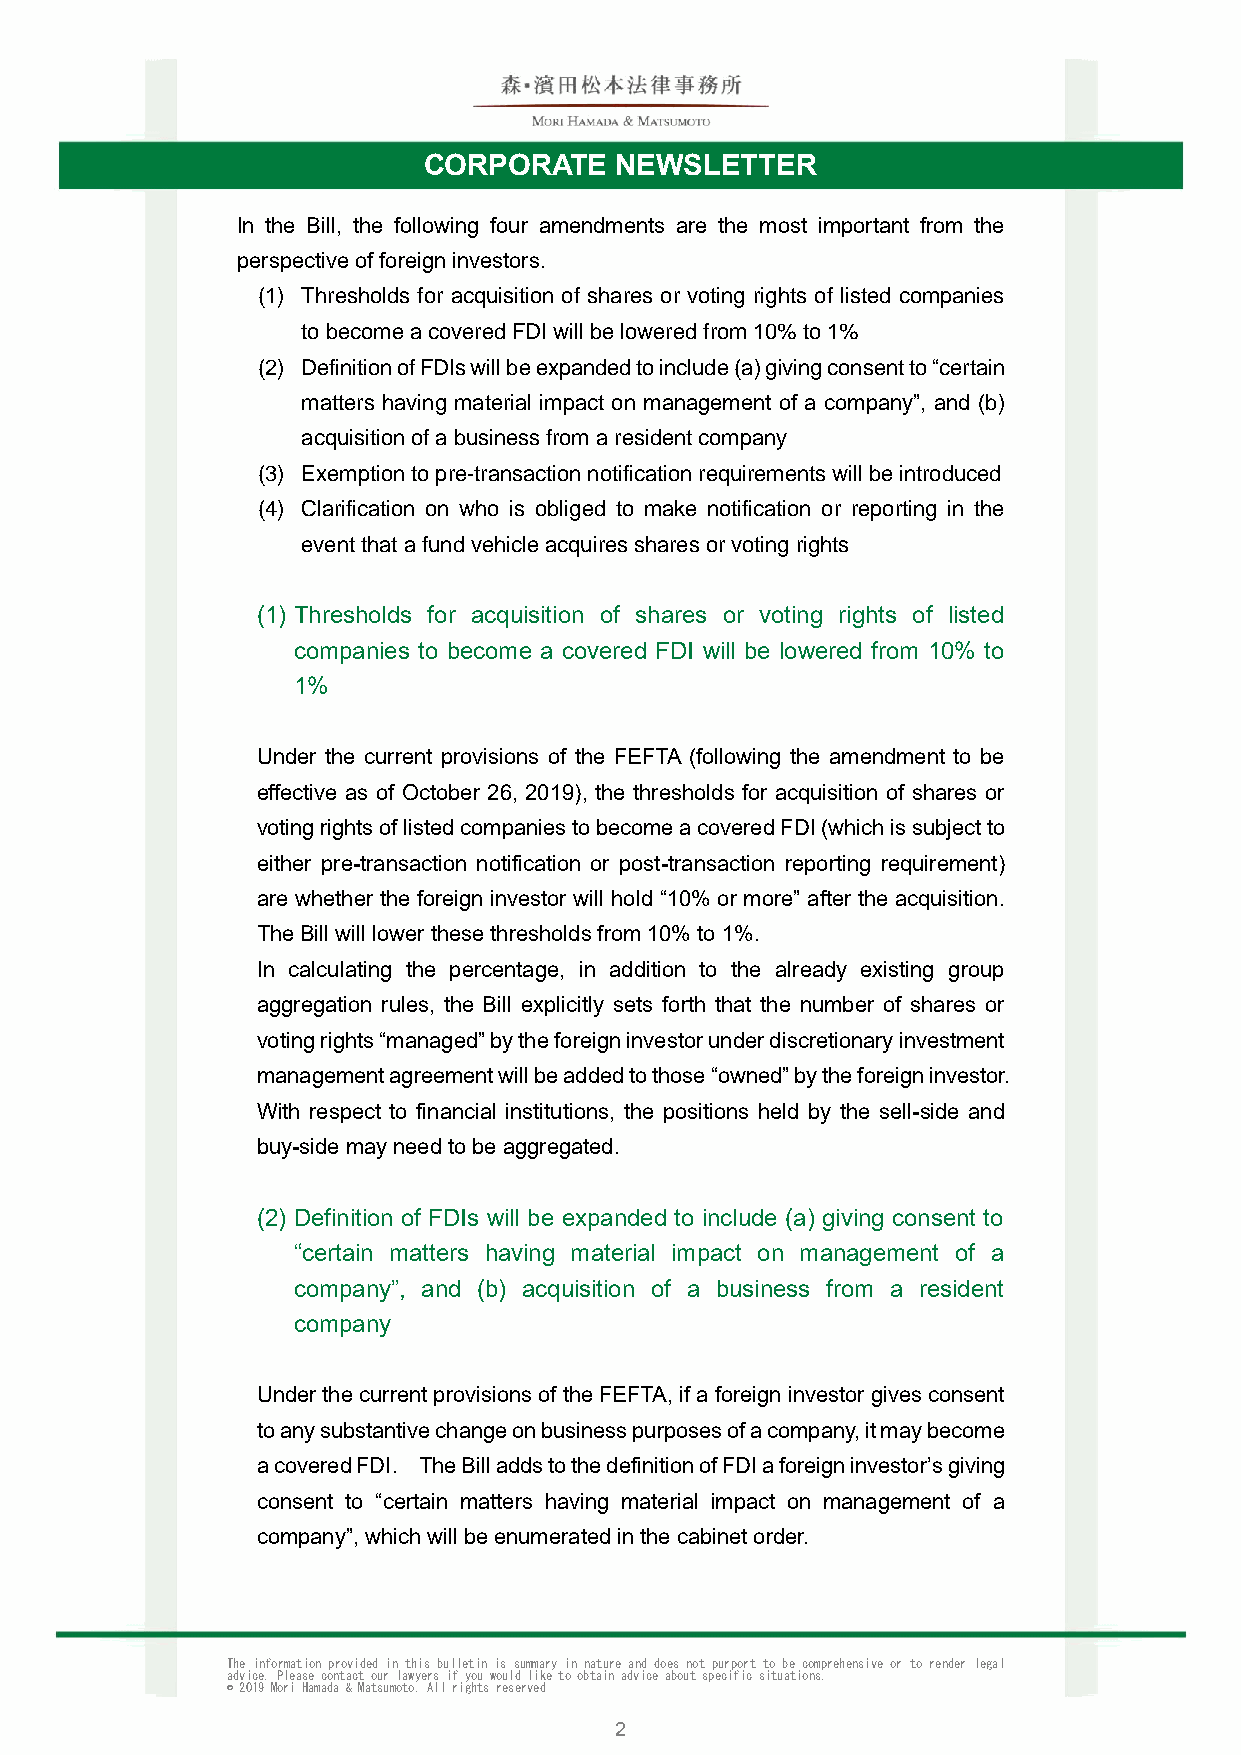
CORPORATE    NEWSLETTER
 In the Bill, the following four amendments are the most important from the
 perspective of foreign investors.
 (1) Thresholds for acquisition of shares or voting rights of listed companies
 to become a covered FDI will be lowered from 10% to 1%
 (2) Definition of FDIs will be expanded to include (a) giving consent to “certain
 matters having material impact on management of a company”, and (b)
 acquisition of a business from a resident company
 (3) Exemption to pre-transaction notification requirements will be introduced
 (4) Clarification on who is obliged to make notification or reporting in the
 event that a fund vehicle acquires shares or voting rights
 (1) Thresholds for acquisition of shares or voting rights of listed
 companies to become a covered FDI will be lowered from 10% to
 1%
 Under the current provisions of the FEFTA (following the amendment to be
 effective as of October 26, 2019), the thresholds for acquisition of shares or
 voting rights of listed companies to become a covered FDI (which is subject to
 either pre-transaction notification or post-transaction reporting requirement)
 are whether the foreign investor will hold “10% or more” after the acquisition.
 The Bill will lower these thresholds from 10% to 1%.
 In calculating the percentage, in addition to the already existing group
 aggregation rules, the Bill explicitly sets forth that the number of shares or
 voting rights “managed” by the foreign investor under discretionary investment
 management agreement will be added to those “owned” by the foreign investor.
 With respect to financial institutions, the positions held by the sell-side and
 buy-side may need to be aggregated.
 (2) Definition of FDIs will be expanded to include (a) giving consent to
 “certain matters having material impact on management of a
 company”, and (b) acquisition of a business from a resident
 company
 Under the current provisions of the FEFTA, if a foreign investor gives consent
 to any substantive change on business purposes of a company, it may become
 a covered FDI. The Bill adds to the definition of FDI a foreign investor’s giving
 consent to “certain matters having material impact on management of a
 company”, which will be enumerated in the cabinet order.
 The information provided in this bulletin is summary in nature and does not purport to be comprehensive or to render legal
 advice. Please contact our lawyers if you would like to obtain advice about specific situations.
 © 2019 Mori Hamada & Matsumoto. All rights reserved
 2